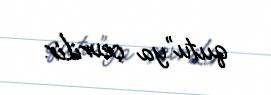
qutu”ya çevrilir.